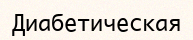
Диабетическая